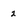
Character: 2